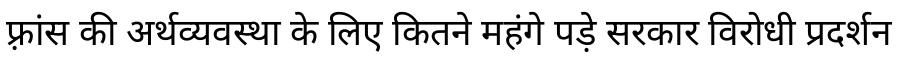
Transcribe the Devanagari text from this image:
फ़्रांस की अर्थव्यवस्था के लिए कितने महंगे पड़े सरकार विरोधी प्रदर्शन